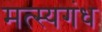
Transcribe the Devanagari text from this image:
मत्स्यगंध